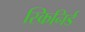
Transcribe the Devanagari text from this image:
स्किनिर्ड